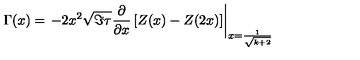
\Gamma ( x ) = \left. - 2 x ^ { 2 } \sqrt { \Im \tau } \frac { \partial } { \partial x } \left[ Z ( x ) - Z ( 2 x ) \right] \right| _ { x = \frac { 1 } { \sqrt { k + 2 } } }